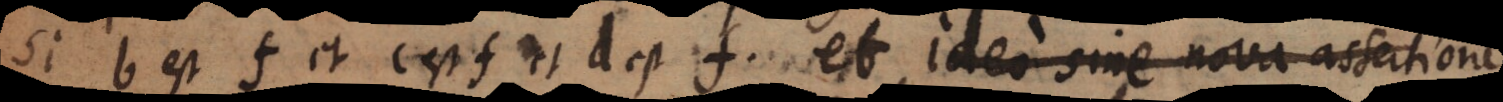
Si b est f et c est f et d est f, et ideo sine consequentia